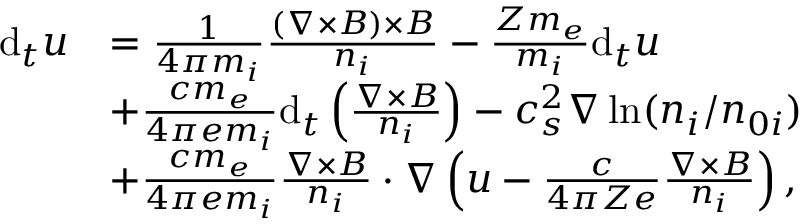
\begin{array} { r l } { \mathrm { d } _ { t } \boldsymbol { u } } & { = \frac { 1 } { 4 \pi m _ { i } } \frac { ( \nabla \times \boldsymbol { B } ) \times \boldsymbol { B } } { n _ { i } } - \frac { Z m _ { e } } { m _ { i } } \mathrm { d } _ { t } \boldsymbol { u } } \\ & { + \frac { c m _ { e } } { 4 \pi e m _ { i } } \mathrm { d } _ { t } \left( \frac { \nabla \times \boldsymbol { B } } { n _ { i } } \right) - c _ { s } ^ { 2 } \nabla \ln ( n _ { i } / n _ { 0 i } ) } \\ & { + \frac { c m _ { e } } { 4 \pi e m _ { i } } \frac { \nabla \times \boldsymbol { B } } { n _ { i } } \cdot \nabla \left( \boldsymbol { u } - \frac { c } { 4 \pi Z e } \frac { \nabla \times \boldsymbol { B } } { n _ { i } } \right) , } \end{array}